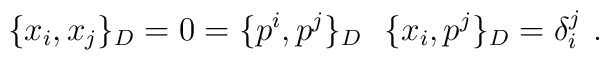
\{x_i , x_j\} _D  = 0 =\{ p^i , p^j\} _D \,\,\,\, \{ x_i , p^j \} _D = \delta ^j_i \,\, .